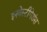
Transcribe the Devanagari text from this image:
इनवेस्टीगेशंस